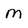
Character: M